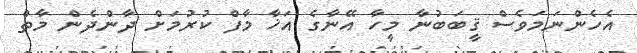
އެހެންނަމަވެސް ޤީބަބުނާ މީހާ އޭނާގެ އަޚާ މާފް ކުރުމަށް ދާންދެން މާތް